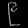
Digit: ၉